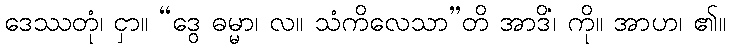
ဒေဿတုံ၊ ငှာ။ “ဒွေ ဓမ္မာ၊ လ။ သံကိလေသာ”တိ အာဒိံ၊ ကို။ အာဟ၊ ၏။